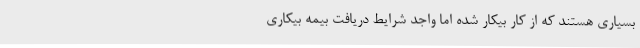
بسیاری هستند که از کار بیکار شده اما واجد شرایط دریافت بیمه بیکاری